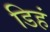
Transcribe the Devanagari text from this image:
डिहं